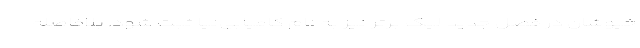
خپوشان در فصل جدید لیگ برتر نیز به نام کامیابی‌نیا ثبت شود. بلافاصله